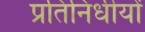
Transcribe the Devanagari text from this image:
प्रतिनिधीयों